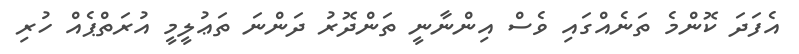
އެފަދަ ކޮންމެ ތަނެއްގައި ވެސް އިންނާނީ ތަންދޮރު ދަންނަ ތަޢުލީމީ އުރަތްޕެއް ހުރި